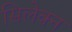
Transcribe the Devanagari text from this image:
सिलेक्न